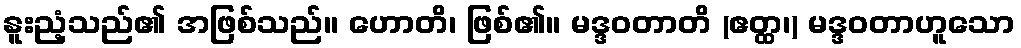
နူးညံ့သည်၏ အဖြစ်သည်။ ဟောတိ၊ ဖြစ်၏။ မဒ္ဒဝတာတိ (ဧတ္ထ၊) မဒ္ဒဝတာဟူသော